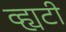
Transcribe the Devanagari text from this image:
व्ह्यटी